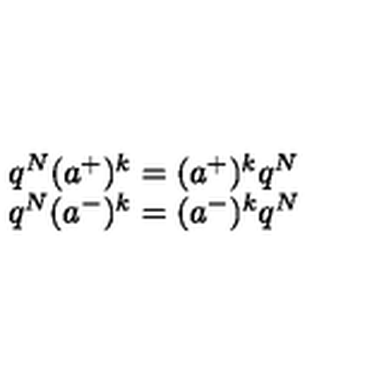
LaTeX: \begin{array} { c } { q ^ { N } ( a ^ { + } ) ^ { k } = ( a ^ { + } ) ^ { k } q ^ { N } } \\ { q ^ { N } ( a ^ { - } ) ^ { k } = ( a ^ { - } ) ^ { k } q ^ { N } } \\ \end{array}